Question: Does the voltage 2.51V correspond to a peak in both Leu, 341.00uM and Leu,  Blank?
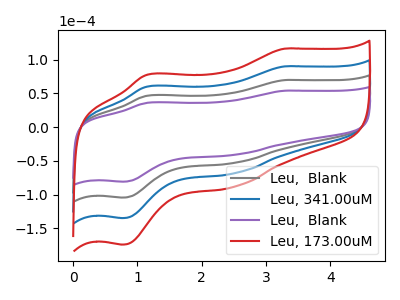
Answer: <think>The gray curve "Leu,  Blank" has anodic peaks at (3.30V, 69.75uA) (1.15V, 46.50uA) and cathodic peaks at (2.50V, -52.80uA) (0.75V, -104.35uA). The blue curve "Leu, 341.00uM" has anodic peaks at (3.30V, 139.50uA) (1.15V, 93.05uA) and cathodic peaks at (2.50V, -105.65uA) (0.75V, -208.75uA). The purple curve "Leu,  Blank" has anodic peaks at (3.30V, 54.00uA) (1.15V, 36.00uA) and cathodic peaks at (2.50V, -40.90uA) (0.75V, -80.80uA). The red curve "Leu, 173.00uM" has anodic peaks at (3.30V, 209.25uA) (1.15V, 139.55uA) and cathodic peaks at (2.50V, -158.45uA) (0.75V, -313.10uA).</think>
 <answer>Yes, "Leu, 341.00uM" and "Leu,  Blank" share a peak at 2.51V.</answer>
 <eval>match</eval>